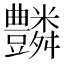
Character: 𧰢